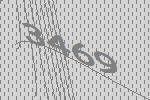
3469